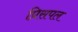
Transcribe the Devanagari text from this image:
प्रिसपल